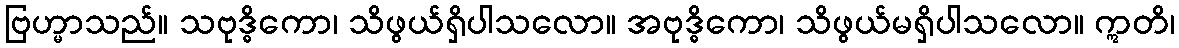
ဗြဟ္မာသည်။ သဗုဒ္ဓိကော၊ သိဖွယ်ရှိပါသလော။ အဗုဒ္ဓိကော၊ သိဖွယ်မရှိပါသလော။ ဣတိ၊